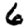
Digit: 6